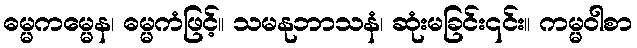
ဓမ္မကမ္မေန၊ ဓမ္မကံဖြင့်။ သမနုဘာသနံ၊ ဆုံးမခြင်း၎င်း။ ကမ္မဝါစာ